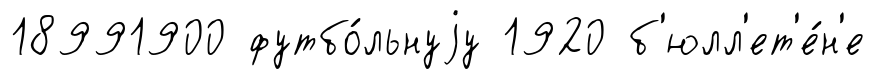
18991900 футбо́льнуjу 1920 б'юлл'ет'е́н'е